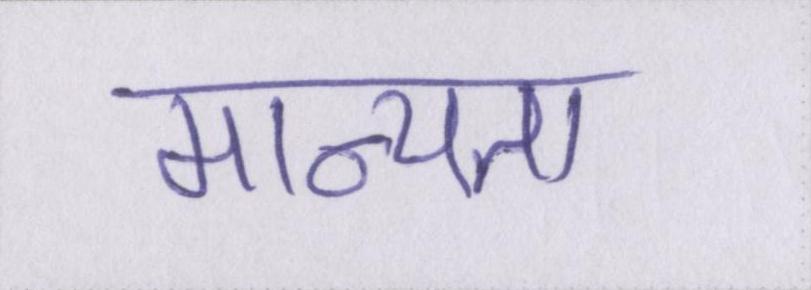
मान्यता